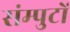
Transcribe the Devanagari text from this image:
संम्पुटों